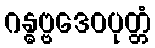
ဂန္ဓဗ္ဗဒေဝပုတ္တံ